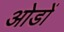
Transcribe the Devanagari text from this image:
ओडों